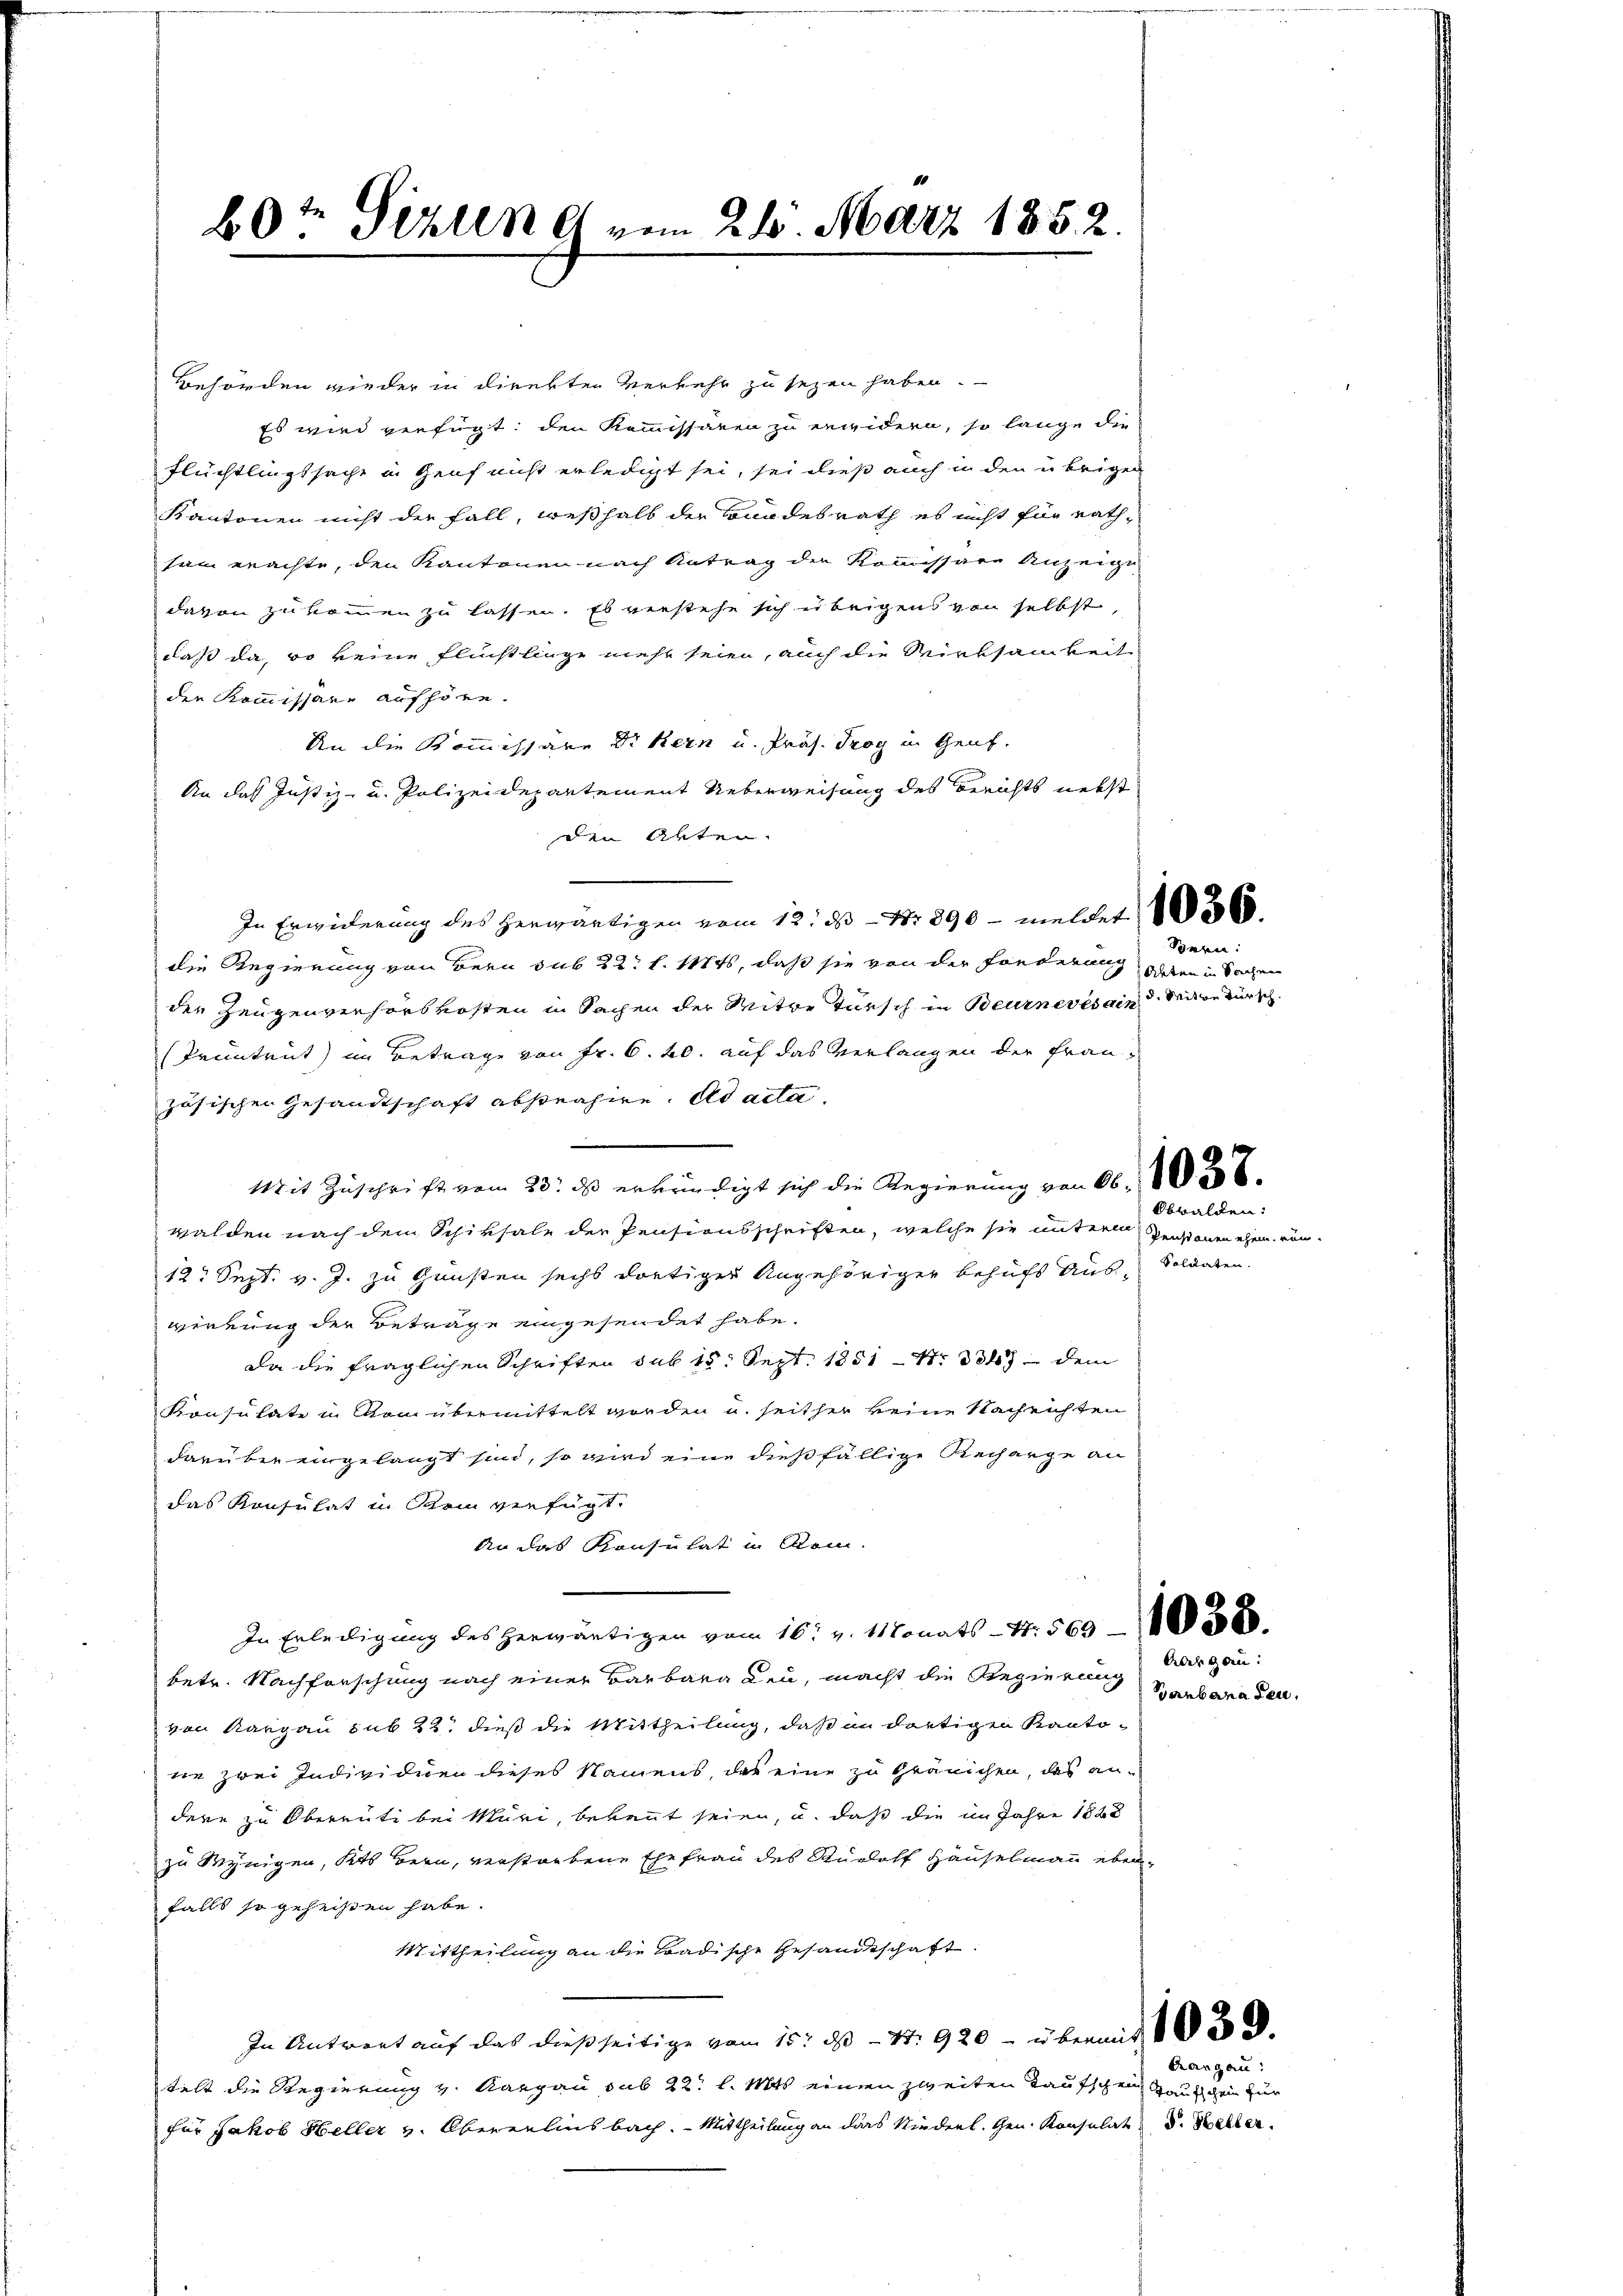
60t Tizung vom 215. März 1852.

Behörden wieder in direkten Verkehr zu sezen haben.
Es wird verfügt: den Kommissären zu erwidern, so lange die
Flüchtlingssache in Genf nicht erledigt sei, sei dieß auch in den übrigen
Kantonen nicht der Fall, weßhalb der Bundesrath es nicht für rath-
tum erachte, den Kantonen nach Antrag der Kommissare Anzeigt
davon zukommen zu lassen. Es verstehe sich übrigens von selbst,
daß da, so keine Flüchtlinge mehr seien, auch die Wirksamkeit
den Kommissare aufhöre.
An die Kommissäre Dr. Kern u. Präs. Trog in Genf.
An das Justiz- u. Polizeidepartement Ueberweisung des Berichts nebst
den Alter.
In Erwiderung des herwärtigen vom 12. ds Nr. 890 - meldet 186
die Regierung von Bern sub 22. l. Mts, daß sie von der Forderung
den Zeugenverhörskosten in Sachen der Miter Tausch in Beurneres ain Seiten dursch
Pruntrut) im Betrage von Fr. 6. 20. auf das Verlangen der Französischen Gesandtschaft abstrahire. ad acta.
Mit Zuschrift vom 23. ds erbrindigt sich die Regierung von 66. 18
walden nach dem Schiksale der Pensionsschriften, welche sie unterm Geistenen ehe rum¬
12. Sept. v. J. zu Gunsten sechs dortiger Angehöriger behufs aus Soldaten.
wirrung der Beträge eingesendet habe.
Da die fraglichen Schriften sub 15. Sept. 1851 S. 347 dem
Konsulate in von übermittelt worden u. seither keine Nachrichten
darüber eingelangt sind, so wird eine dießfällige Recharge an
das Konsulat in sein verfügt,
An das Konsulat in Rom
In Erledigung des herwärtigen vom 16t v. Monats - 4. 569. 380
betr. Nachforschung nach einer Barbara Leu, macht die Regierung Aargauvon Aargau sub 22. dieß die Mittheilung, daß in dortigen Kanto-
ne zwei Individuen dieses Namens, das eine zu Gränichen, das andere zu Obereute bei Muri, bekannt seien, u. daß die im Jahre 1828
zu Wenigen, Kts. Bern, verstorbene Ehefrau des Rudolf Häuselmann eben-
falls so geheißen habe.
Mittheilung an die Badische Gesandtschaft
In Antwort auf das dießseitige vom 15. ds. - 4. 920 - übermit
telt die Regierung v. Aargau sub 22. l. Mts einen zweiten Taufschein ausschein zur
für Jakob Heller v. Oberenlinsbach. - Mittheilung an das Niederl. Gen. Konsulat d. Better.

Sern:
Arten in Sachen

Obwalden:

Ganbana den

Prangau: